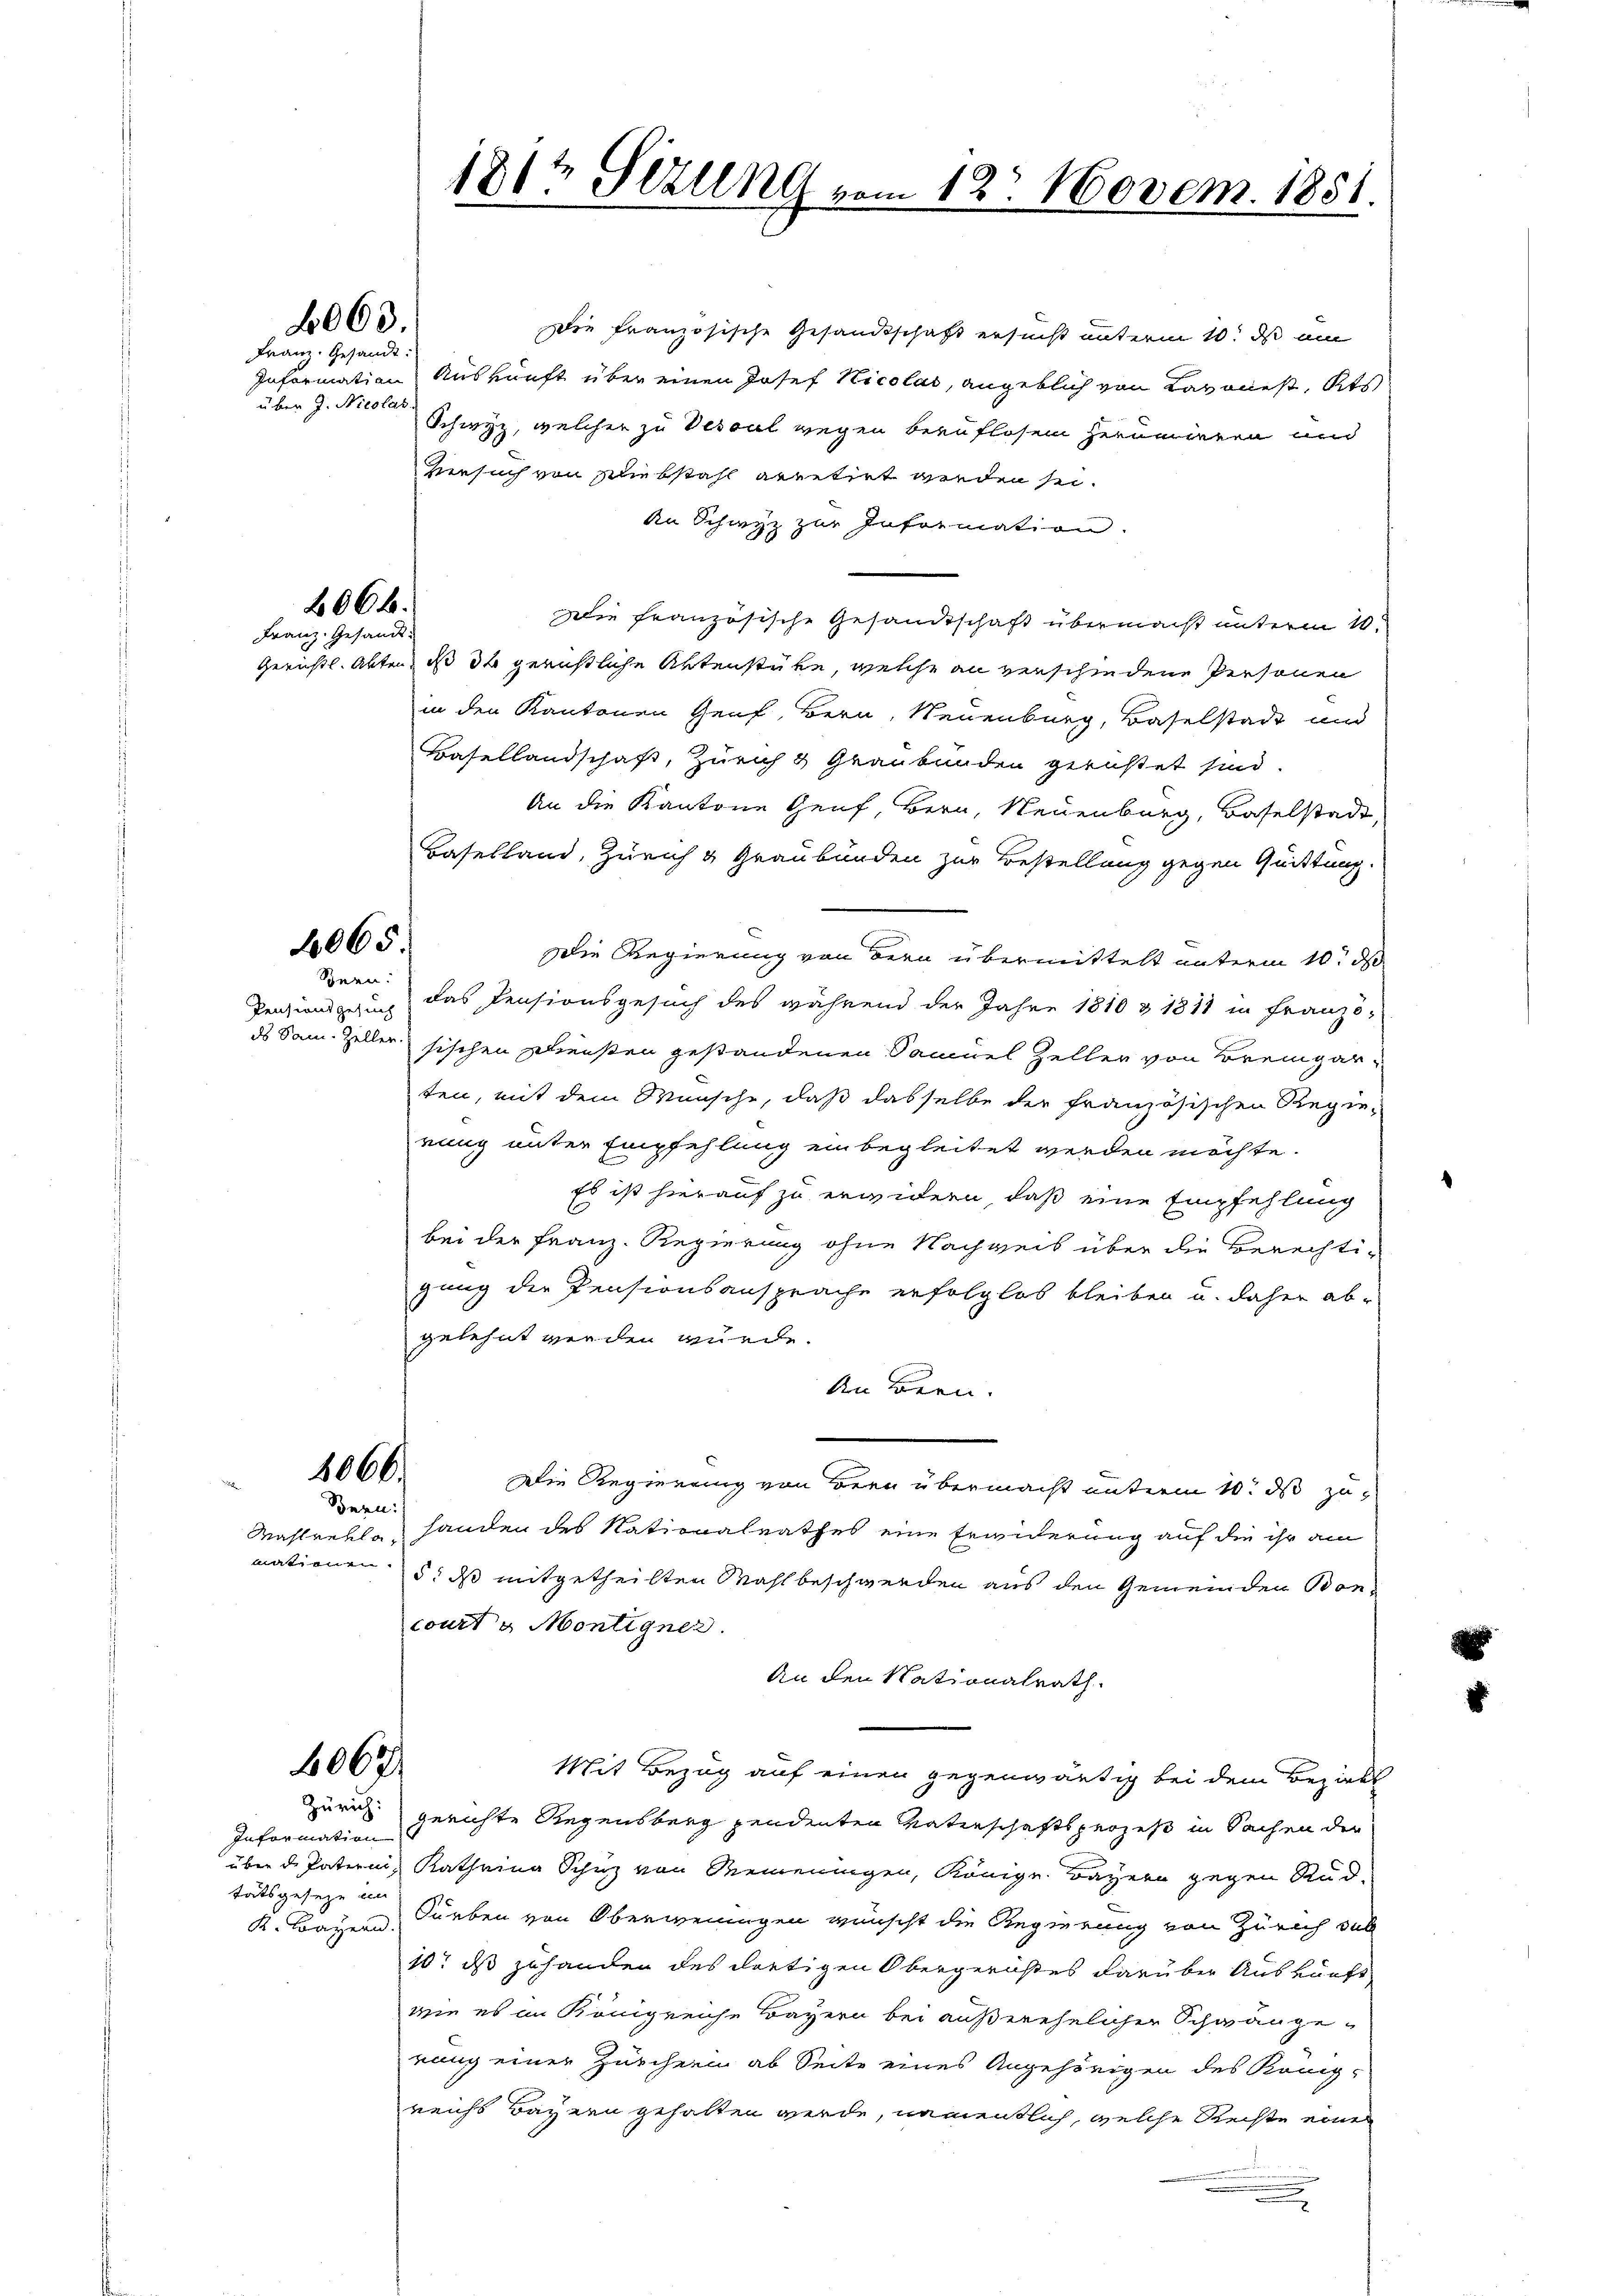
2063.
Frau, Gesandt.

über J. Nicolas.

2066.
Franz. Gesandt

2065.

Snen:

Information
tätsgeseze in

Die französische Gesandtschaft ersucht unterm 10. ds um
Information Auskunft über einen Josef Nicolas, angeblich von Lavonest, Kts
Schwyz, welcher zu Vescal wegen beruflosen herumieren und
Versuch von Bliebstahl arretirt werden sei.
An Schwyz zur Information.
Die französische Gesandtschaft übermacht unterm 10.
Gerichtl. Abten, dass de gerichtliche Aktenstücke, welche an verschiedene Personen
in den Kantonen Genf, Bern, Neuenburg, Baselstadt und
Basellandschaft, Zürich 2 Graubünden gerüstet sind.
An die Kantone Genf, Bern, Neuenburg, Baselstadt,
Baselland, Zürich & Graubünden zur Bestellung gegen Quittung.
Die Regierung von der übermittelt unterm 10t d
Penzionsgesung das Pensionsgesuch des während der Jahre 1810 & 1871 in Franzö-
ds Sam. Zeller sischen Diensten gestandenen Samuel Zeller von Bremgarten, mit dem Wunsche, daß dasselbe der französischen Regie-
rung unter Empfehlung einbegleitet werden möchte.
Es ist hierauf zu erwidern, daß eine Empfehlung
bei der Franz-Regierung ohne Nachweis über die Berechtigung die Pensionsansprache erfolglos bleiben u. daher ab-
gelehnt werden wurde.
An Bern.
1066.
Die Regierung von Bern übermacht unterm 10. ds zu
Bern:
Wahlrehle, handen des Nationalrathes eine Erwiderung auf die ihr am
mationen 5. ds mitgetheilten Mahl beschwerden aus den Gemeinden Boncourt u. Montigner.
An den Nationalrath
4063/
Mit Bezug auf einen gegenwärtig bei dem Bezirks
Zürich:
gerichte Regensberg pendenten Vaterschaftsperzes in Sachen der
über d. Patern, Kathrina Schutz von Reineningen, Königl. Bayern gegen Rud
K. Bayern, Surben von Oberweningen wünscht die Regierung von Zürich das
10t ds zuhanden des dortigen Obergerihtes darüber Auskünft
wie es in Königreiche Bayern bei außerehelicher Schwangerung einer Zürcherin ab Seite eines Angehörigen des König-
reichs Bayern gehalten werde, namentlich, welche Rechte eine
e

1812 Sizung vom 12. Novem. 1851.